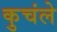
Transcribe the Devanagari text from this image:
कुचंले